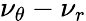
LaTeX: \nu_{\theta}-\nu_{r}